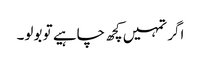
اگر تمہیں کچھ چاہیے تو بولو۔